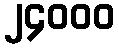
၂၄၀၀၀